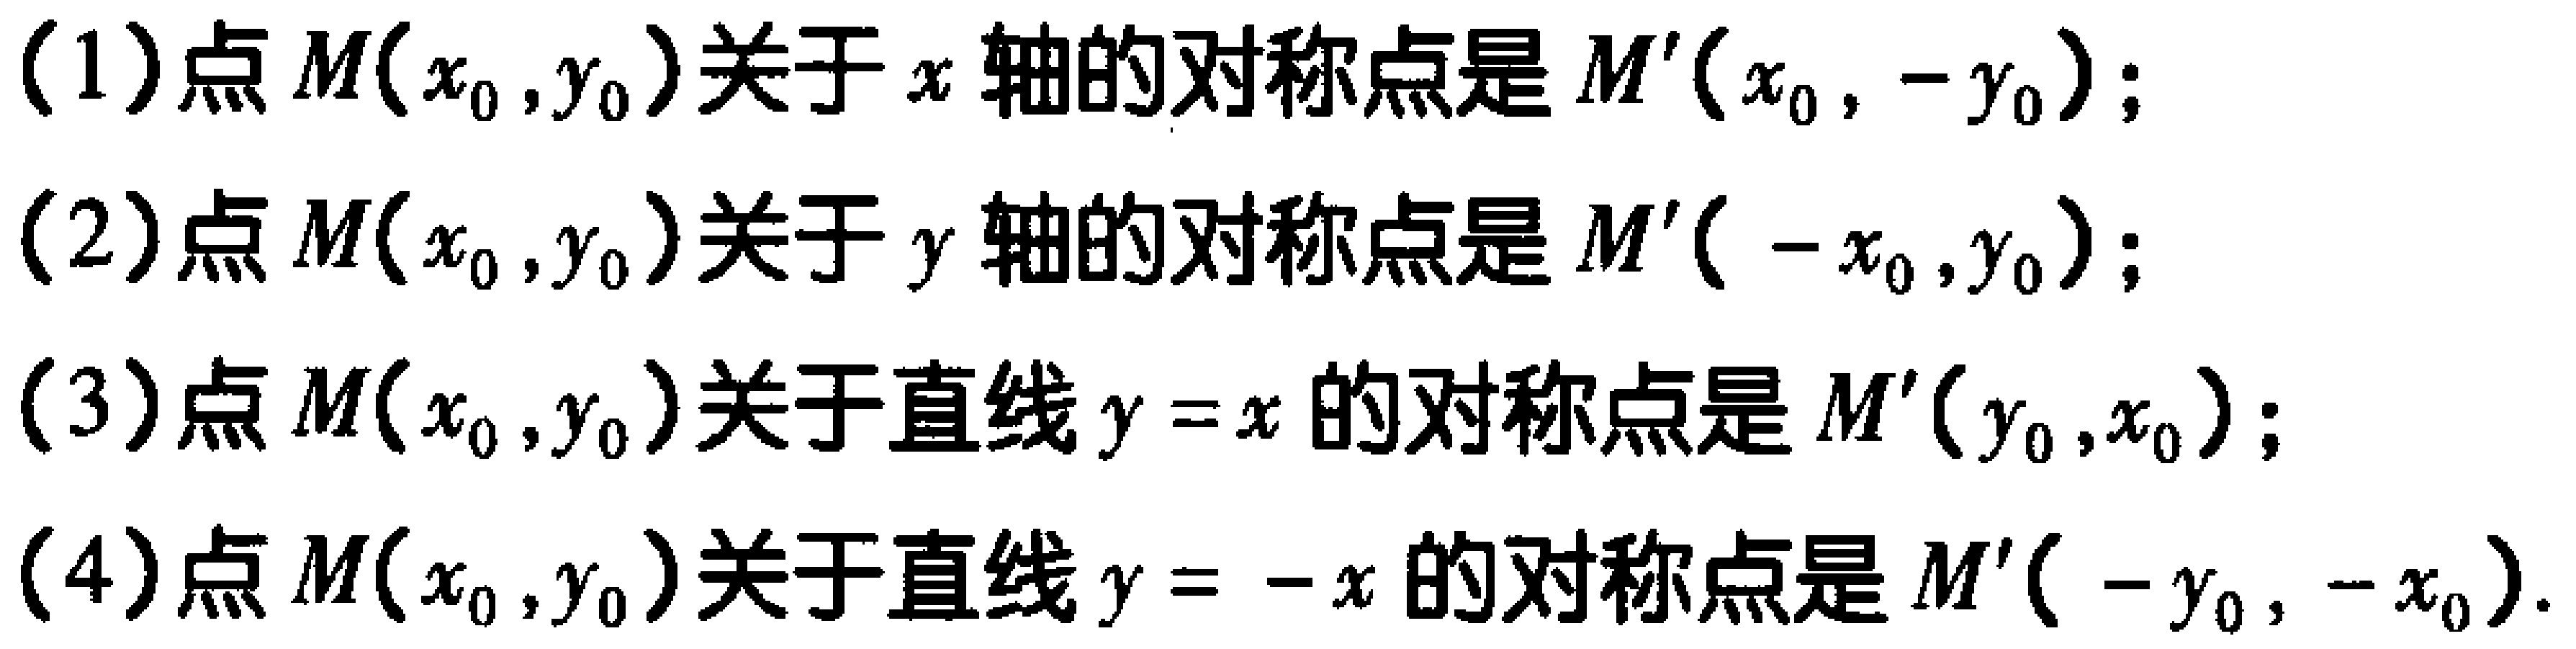
(1) 点 \(M(x_0,y_0)\) 关于 \(x\) 轴的对称点是 \(M'(x_0,-y_0)\)；
(2) 点 \(M(x_0,y_0)\) 关于 \(y\) 轴的对称点是 \(M'(-x_0,y_0)\)；
(3) 点 \(M(x_0,y_0)\) 关于直线 \(y = x\) 的对称点是 \(M'(y_0,x_0)\)；
(4) 点 \(M(x_0,y_0)\) 关于直线 \(y = -x\) 的对称点是 \(M'(-y_0,-x_0)\)。